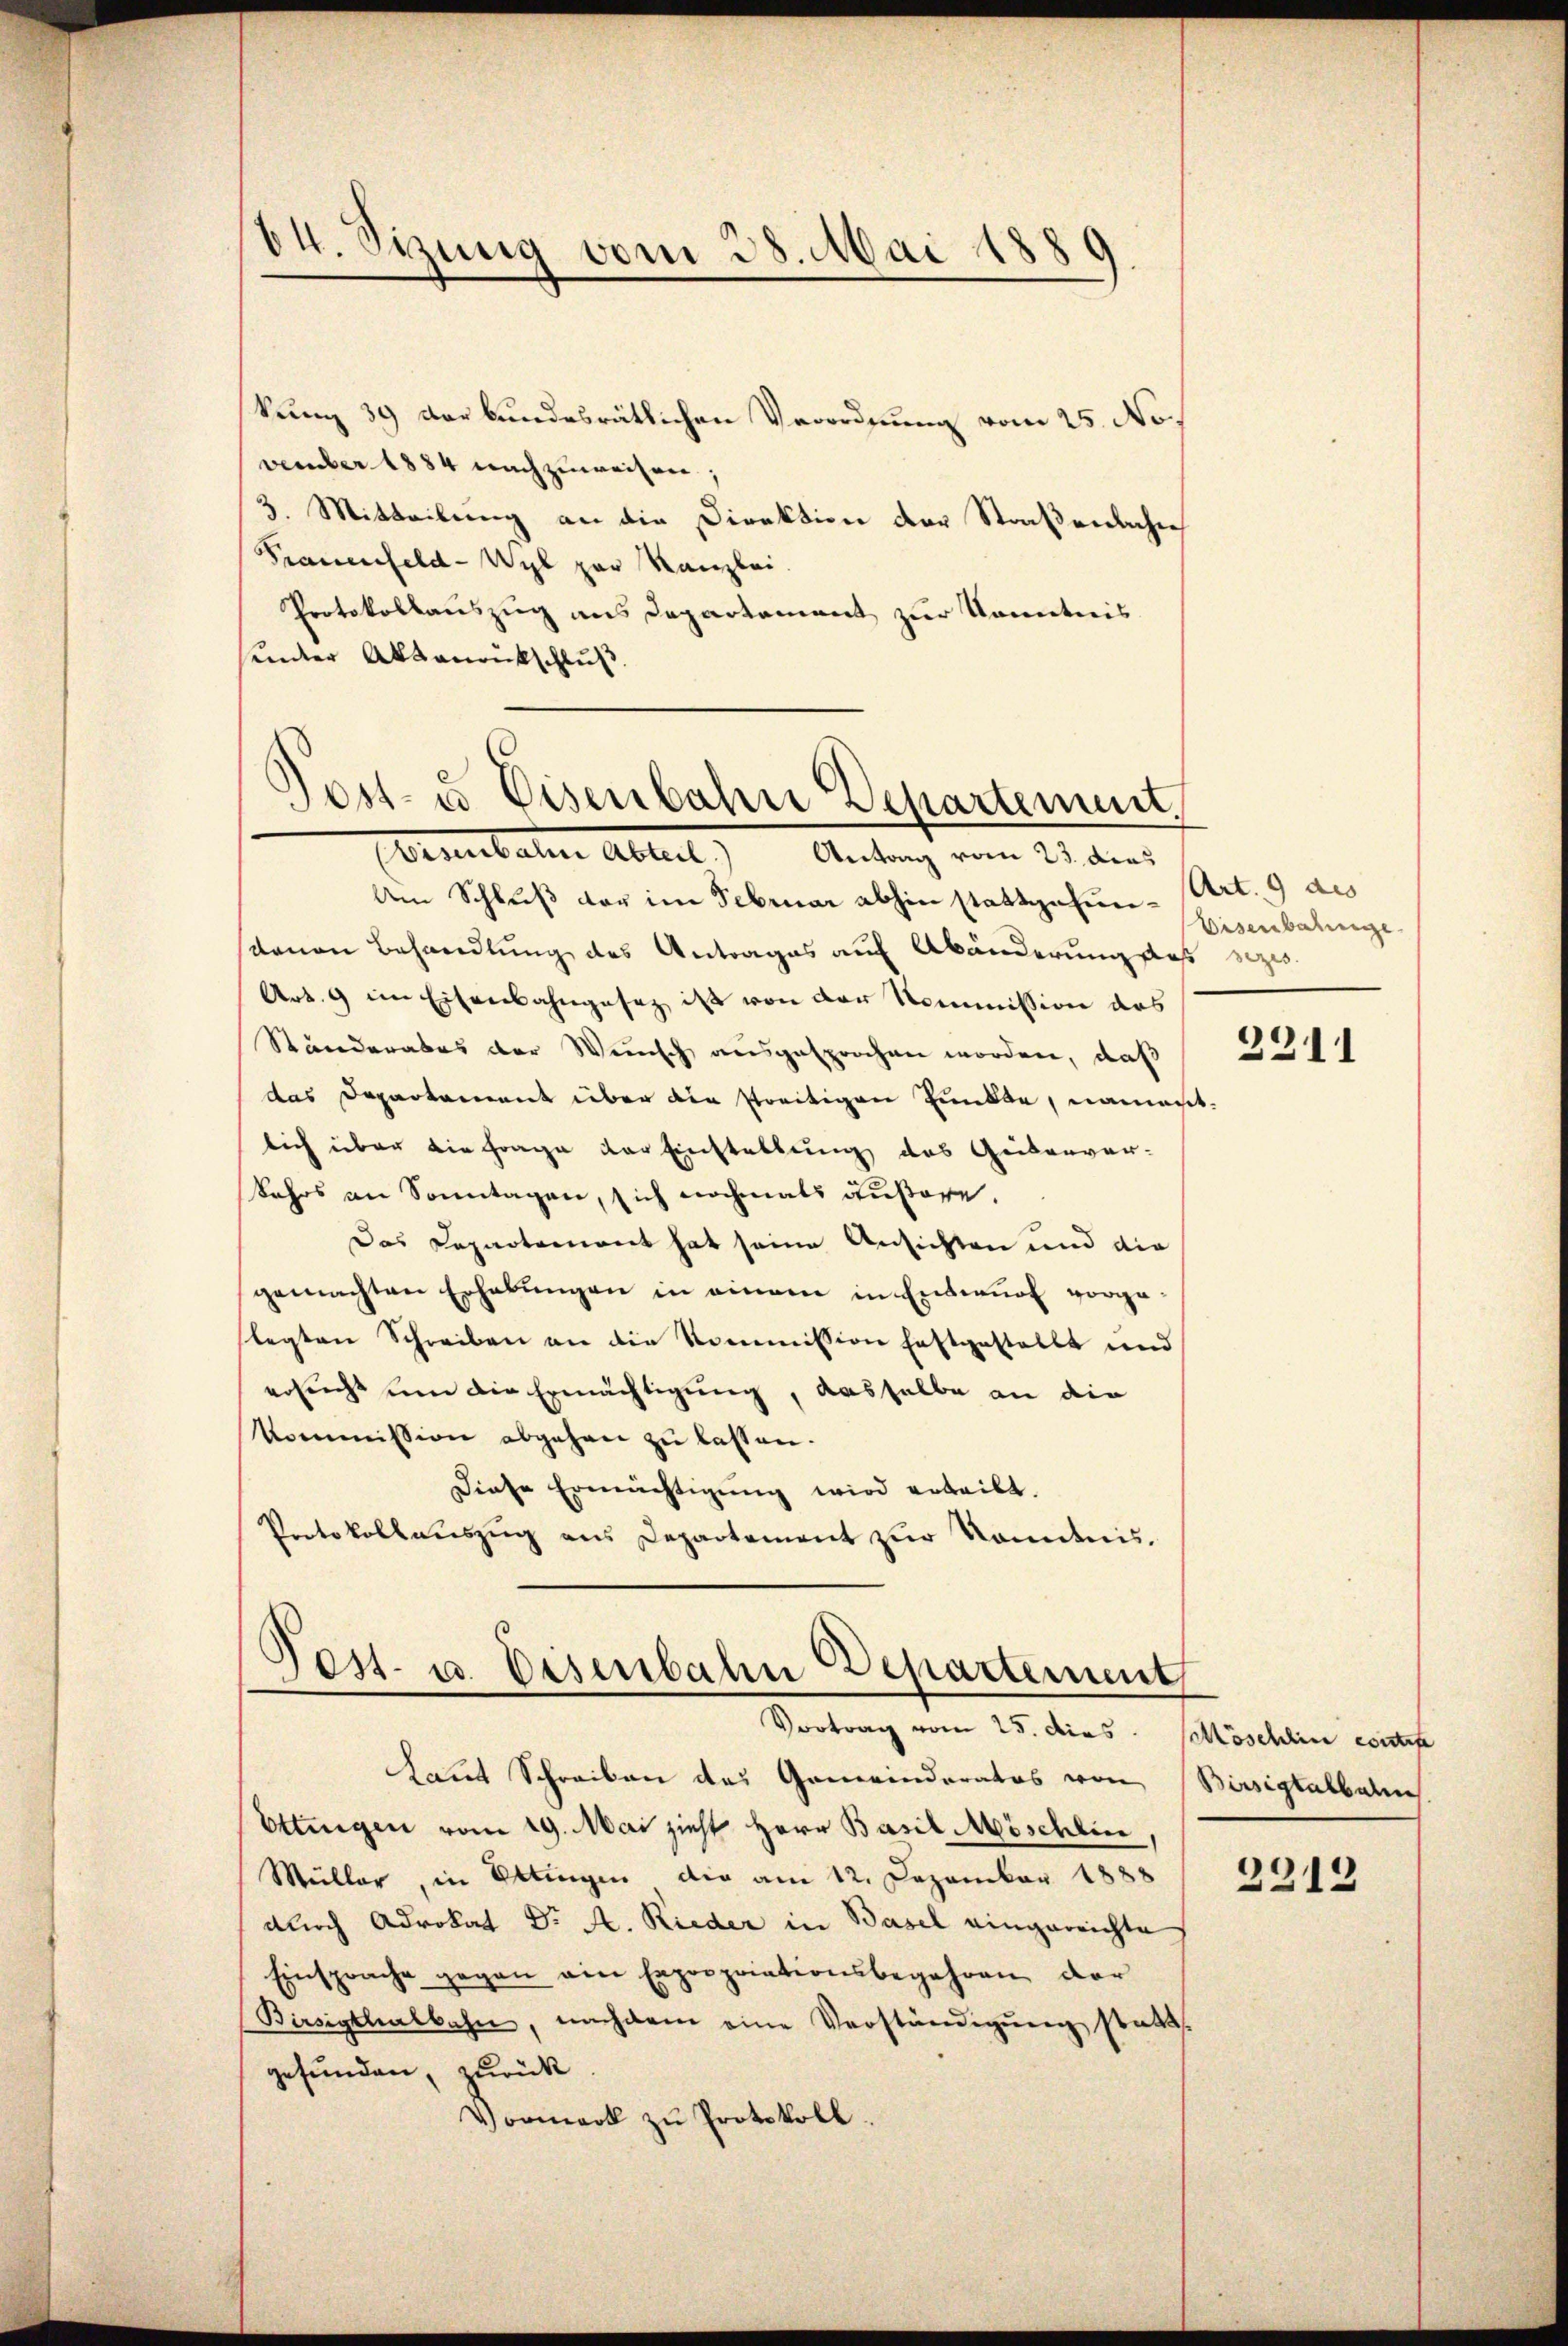
64. Sizung vom 28. Mai 1889

kung 39 der bundesrätlichen Verordnung vom 25. November 1884 nachzuweisen;
3. Mitteilung an die Direktion der Straßenliche
Frauenfeld-Wyl par Kanzlei.
Protokollauszug aus Departement zur Kenntnis
sender Aktenantschluß.
Armbauen Altert
Antrag vom 23. dies
Am Schluß der im Februar abhin stattgefun- Art. 9 des
stauen Behandlung des Antrages auf Abänderung daß sezes¬
Art. 9 im Eisenbahngesez ist von der Kommission das
Ständerabes der Wunsch ausgesprochen worden, daß
das Departement über die streitigen Punkte, nament.
lich über die Frage der Einstellung des Geisenver-
Kehrs an Sonntagen, sich nochmals außere.
Das Departement hat seine Ansichten und die
gemachten Erhabŭngen in einem in Entwurf vorgelegten Schreiben an die Kommission festgestellt und
ersucht um die Ermächtigung, dasselbe an die
kommission abgehen zu lassen.
Diese Ermächtigŭng wird erteilt.
Portokollauszug aus Departement zur Kenntnis.

Post- u. Eisenbahn Departement.

Pest. u. Eisenbahn Departement
Vortrag vom 25. dies. Möschlin es stete

Laut Schreiben des Gemeinderates von Bissigtalbahne
Ettingen vom 19. Mai zieht Herr Basil Möschlin,
Müller, in Ettingen die am 12. Dezember 1888
durch Advokat Dr A. Rieder in Basel eingerrichte
Einsprache gegen ein Expropriationsbegehren der
Birsigthalbahn, nachdem eine Verständigŭng statt
gefunden, zurück
Vormerk zŭ Protokoll.

Eisenbahnge

2211

2212